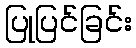
ပြုပြင်ခြင်း